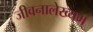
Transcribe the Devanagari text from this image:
जीवनालेख्यम्